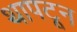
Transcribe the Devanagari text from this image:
थापटून